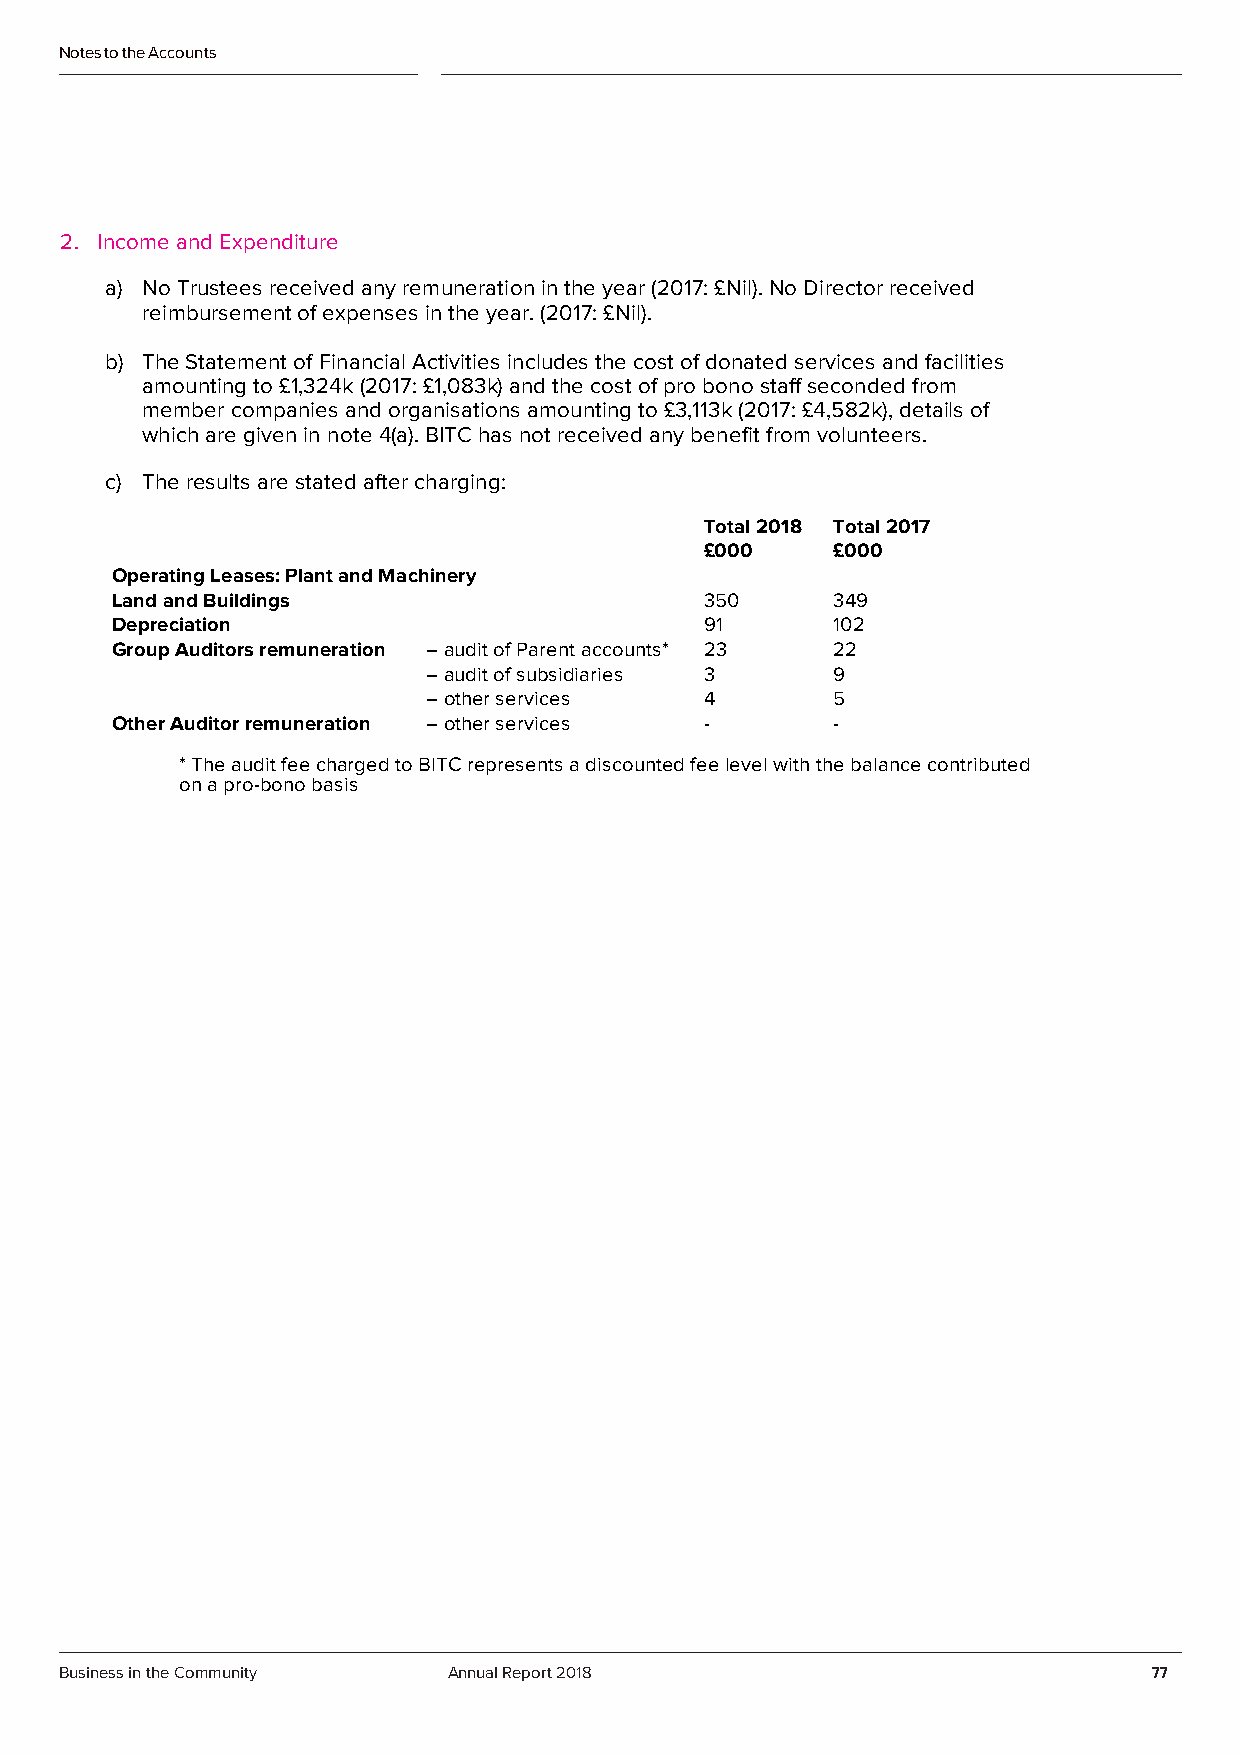
Notes to the Accounts
 2. Income and Expenditure
 a) No Trustees received any remuneration in the year (2017: £Nil). No Director received
 reimbursement of expenses in the year. (2017: £Nil).
 b) The Statement of Financial Activities includes the cost of donated services and facilities
 amounting to £1,324k (2017: £1,083k) and the cost of pro bono staff seconded from
 member companies and organisations amounting to £3,113k (2017: £4,582k), details of
 which are given in note 4(a). BITC has not received any benefit from volunteers.
 c) The results are stated after charging:
 Total 2018 Total 2017
 £000    £000
 Operating Leases: Plant and Machinery
 Land and Buildings                      350     349
 Depreciation                            91      102
 Group Auditors remuneration – audit of Parent accounts* 23 22
 – audit of subsidiaries 3  9
 – other services   4       5
 Other Auditor remuneration – other services -   -
 * The audit fee charged to BITC represents a discounted fee level with the balance contributed
 on a pro-bono basis
 Business in the Community Annual Report 2018                            77